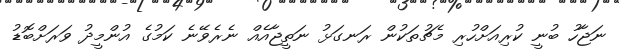
ނަޖާހު ބުނީ ކުރިއަށްހުރި މެޗުތަކުން ރަނގަޅު ނަތީޖާއެއް ނެރެވޭނެ ކަމުގެ އުންމީދު ވަރަށްބޮޑު